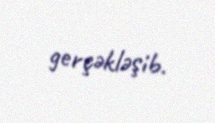
gerçəkləşib.